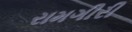
રામગીરી